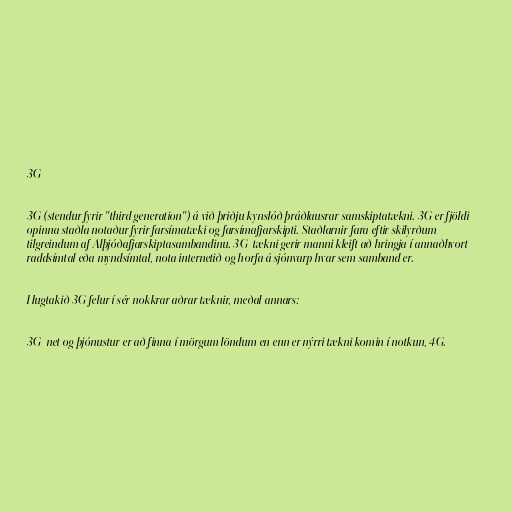
3G

3G (stendur fyrir "third generation") á við þriðju kynslóð þráðlausrar samskiptatækni. 3G er fjöldi
opinna staðla notaður fyrir farsímatæki og farsímafjarskipti. Staðlarnir fara eftir skilyrðum
tilgreindum af Alþjóðafjarskiptasambandinu. 3G-tækni gerir manni kleift að hringja í annaðhvort
raddsímtal eða myndsímtal, nota internetið og horfa á sjónvarp hvar sem samband er.

Hugtakið 3G felur í sér nokkrar aðrar tæknir, meðal annars:

3G-net og þjónustur er að finna í mörgum löndum en enn er nýrri tækni komin í notkun, 4G.